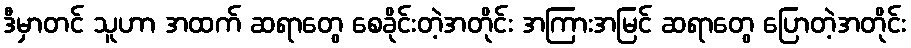
ဒီမှာတင် သူဟာ အထက် ဆရာတွေ စေခိုင်းတဲ့အတိုင်း အကြားအမြင် ဆရာတွေ ပြောတဲ့အတိုင်း